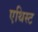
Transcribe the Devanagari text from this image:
एथिस्ट